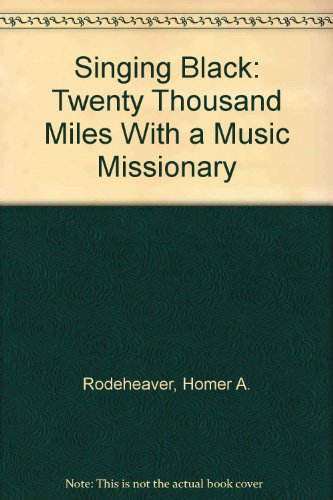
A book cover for Singing Black: Twenty Thousand Miles With a Music Missionary; Homer A. Rodeheaver; Travel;